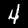
Label: 4